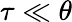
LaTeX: \tau\ll\theta